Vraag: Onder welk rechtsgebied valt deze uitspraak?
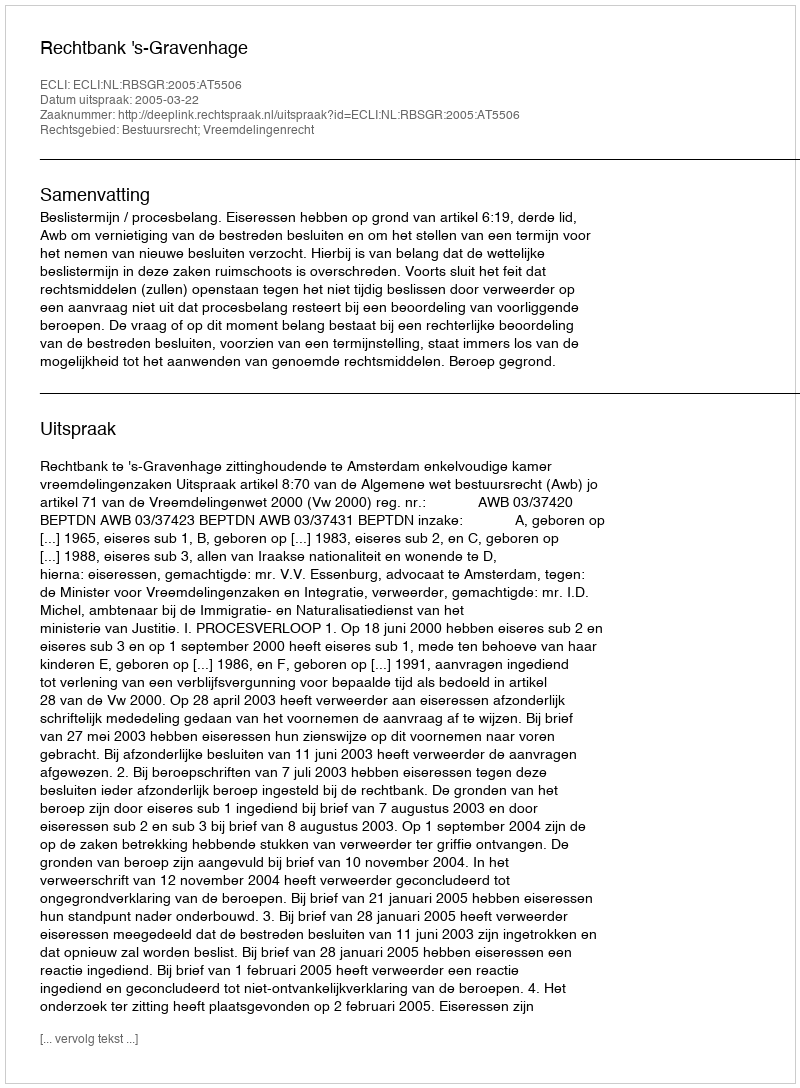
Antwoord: Bestuursrecht; Vreemdelingenrecht